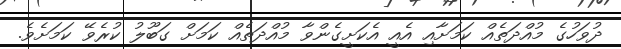
ދުވަހުގެ މުއްދަތެއް ކަމަށާއި އެއީ އެކަށީގެންވާ މުއްދަތެއް ކަމަށް ގަބޫލު ކުރެވޭ ކަމަށެވެ.